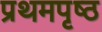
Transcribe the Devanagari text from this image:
प्रथमपृष्ठ